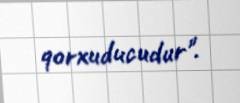
qorxuducudur".